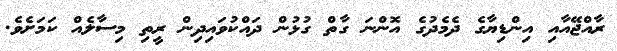
ރާއްޖޭއާއި އިންޑިޔާގެ ދެމެދުގެ އޮންނަ ގާތް ގުޅުން ދައްކުވައިދިން ރީތި މިސާލެއް ކަމަށެވެ.